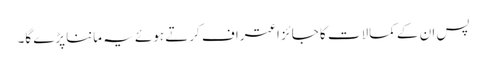
پس ان کے کمالات کا جائز اعتراف کرتے ہوئے یہ ماننا پڑے گا۔